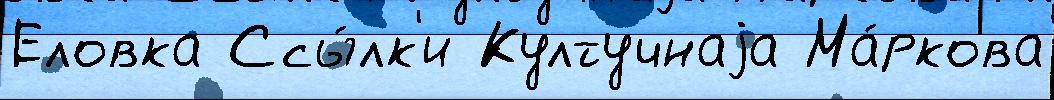
Еловка Ссы́лк'и Култучнаjа Ма́ркова